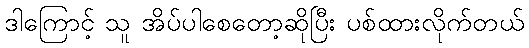
ဒါကြောင့် သူ အိပ်ပါစေတော့ဆိုပြီး ပစ်ထားလိုက်တယ်